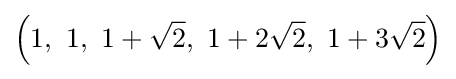
\left(1,\ 1,\ 1+{\sqrt {2}},\ 1+2{\sqrt {2}},\ 1+3{\sqrt {2}}\right)